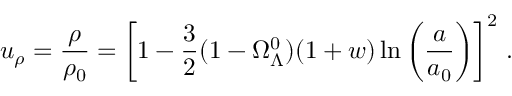
u _ { \rho } = \frac { \rho } { \rho _ { 0 } } = \left[ 1 - \frac { 3 } { 2 } ( 1 - \Omega _ { \Lambda } ^ { 0 } ) ( 1 + w ) \ln \left( \frac { a } { a _ { 0 } } \right) \right] ^ { 2 } \, .